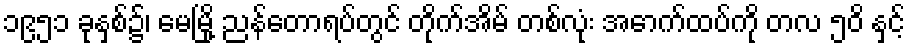
၁၉၅၁ ခုနှစ်၌၊ မေမြို့ ညန်တောရပ်တွင် တိုက်အိမ် တစ်လုံး အောက်ထပ်ကို တလ ၅၀ိ နှင့်